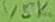
Text: 1,5K